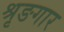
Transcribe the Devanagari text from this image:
श्रृङगार